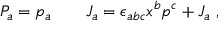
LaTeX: { \cal P } _ { a } = p _ { a } \qquad { \cal J } _ { a } = \epsilon _ { a b c } x ^ { b } p ^ { c } + J _ { a } \; ,